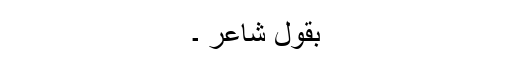
بقول شاعر ۔